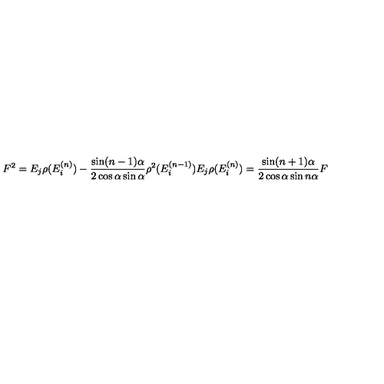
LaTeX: F ^ { 2 } = E _ { j } \rho ( E _ { i } ^ { ( n ) } ) - \frac { \sin ( n - 1 ) \alpha } { 2 \cos \alpha \sin \alpha } \rho ^ { 2 } ( E _ { i } ^ { ( n - 1 ) } ) E _ { j } \rho ( E _ { i } ^ { ( n ) } ) = \frac { \sin ( n + 1 ) \alpha } { 2 \cos \alpha \sin n \alpha } F